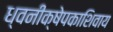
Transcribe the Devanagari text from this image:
ध्वनीक्षेपकाशिवाय